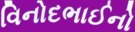
વિનોદભાઈનો